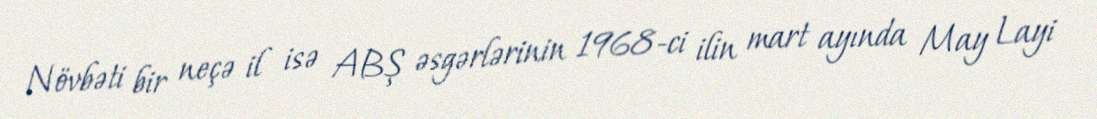
Növbəti bir neçə il isə ABŞ əsgərlərinin 1968-ci ilin mart ayında May Layi